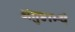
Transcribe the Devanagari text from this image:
अंगुष्ठाभ्यं